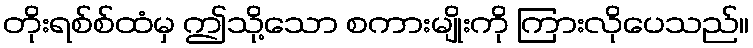
တိုးရစ်စ်ထံမှ ဤသို့သော စကားမျိုးကို ကြားလိုပေသည်။